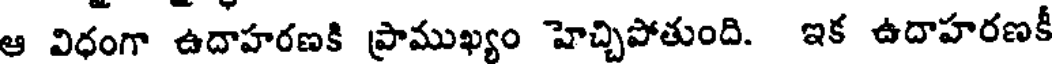
ఆ విధంగా ఉదాహరణకి ప్రాముఖ్యం హెచ్చిపోతుంది. ఇక ఉదాహరణకీ